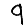
Digit: 9